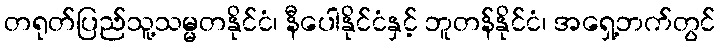
တရုတ်ပြည်သူ့သမ္မတနိုင်ငံ၊ နီပေါနိုင်ငံနှင့် ဘူတန်နိုင်ငံ၊ အရှေ့ဘက်တွင်